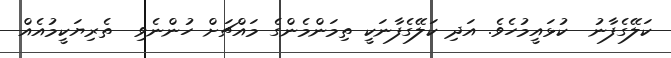
ކަލޭގެފާނު  ކުޅައީމުހެވެ. އަދި ކަލޭގެފާނަކީ ތިމަންމެންގެ މައްޗަށް ހުންނެވި  ތެރިޔަކީމުއެއް